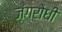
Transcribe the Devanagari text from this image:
ज़ंगरोधी